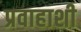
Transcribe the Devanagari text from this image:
प्रवाहाशी